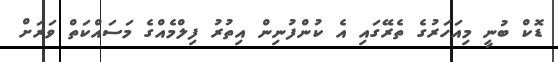
ޑޮކް ބުނީ މިއަހަރުގެ ތެރޭގައި އެ ކުންފުނިން އިތުރު ފިލްމެއްގެ މަސައްކަތް ވަރަށް